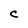
Character: C